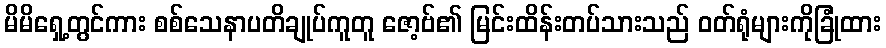
မိမိရှေ့တွင်ကား စစ်သေနာပတိချုပ်ကူတူ ဇော့ဗ်၏ မြင်းထိန်းတပ်သားသည် ဝတ်ရုံများကိုခြုံထား